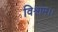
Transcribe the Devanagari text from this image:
विश्राम।।